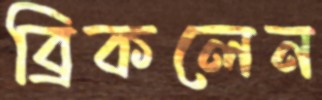
ব্রিকলেন